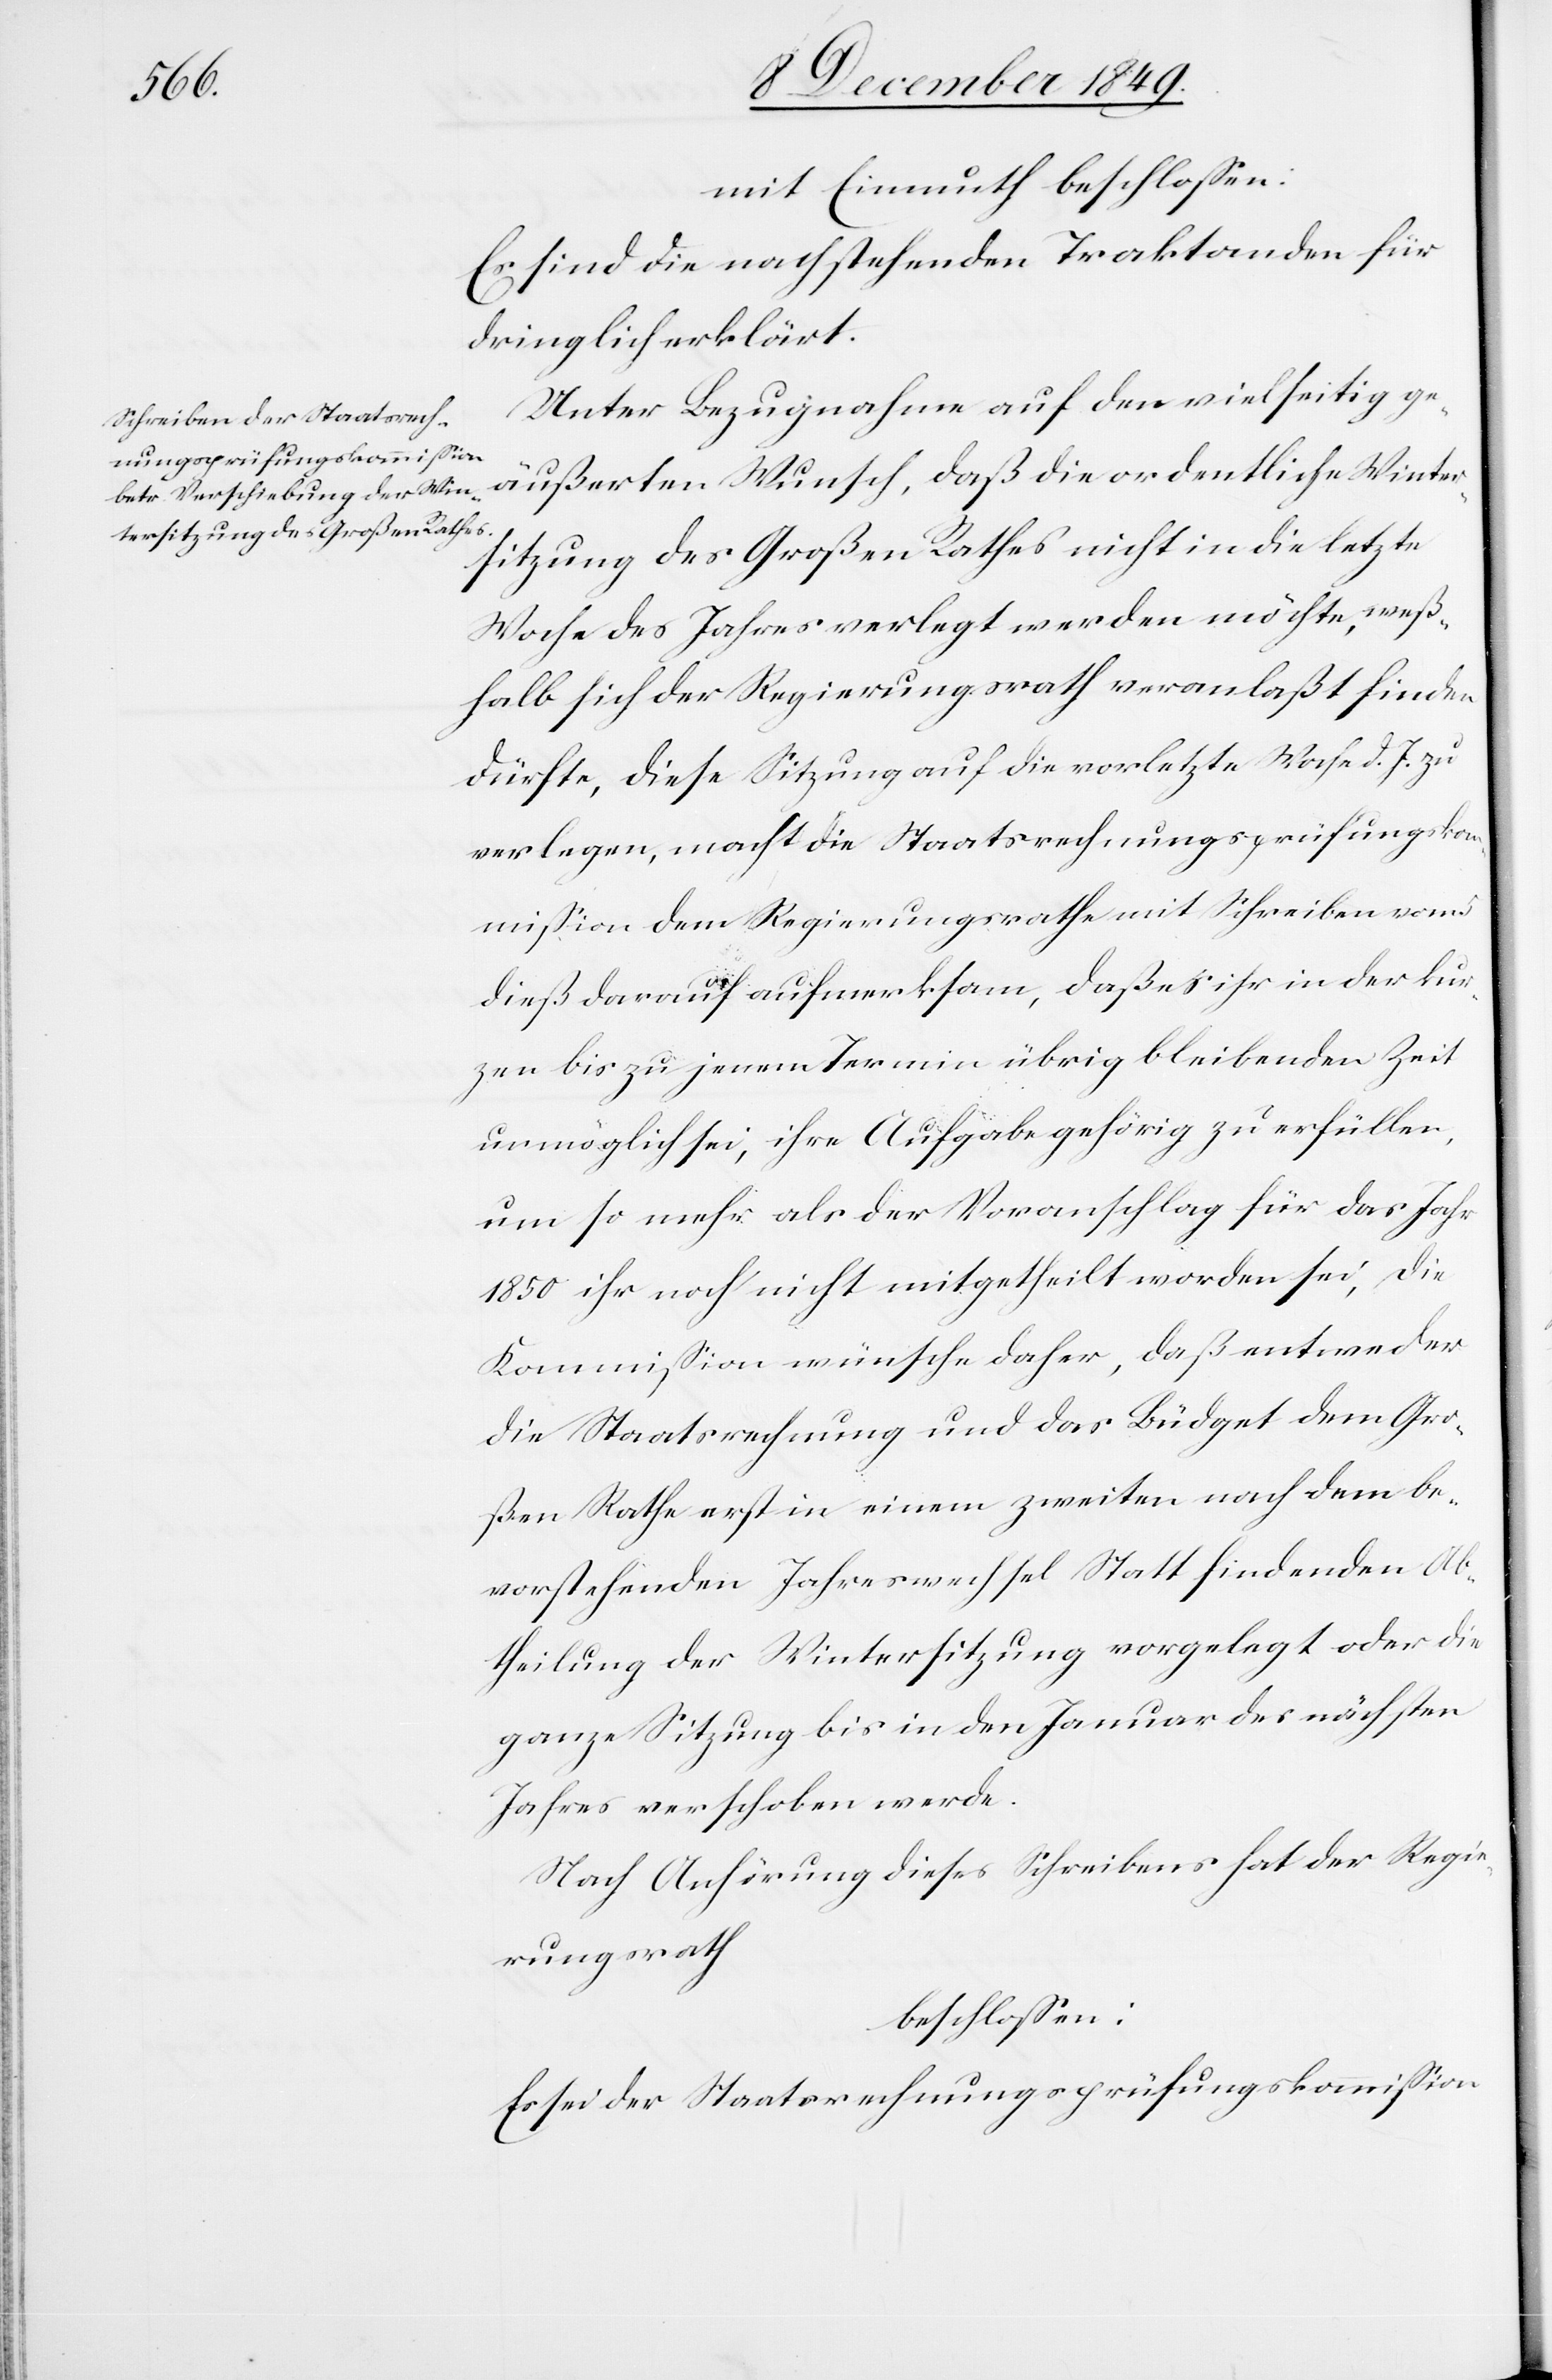
mit Einmuth beschloßen:
Es sind die nachstehenden Traktanden für
dringlich erklärt.
Unter Bezugnahme auf den vielseitig ge¬
äußerten Wunsch, daß die ordentliche Winter¬
sitzung des Großen Rathes nicht in die letzte
Woche des Jahres verlegt werden möchte, weß¬
halb sich der Regierungsrath veranlaßt finden
dürfte, diese Sitzung auf die vorletzte Woche d. J. zu
verlegen, macht die Staatsrechnungsprüfungsko¬
mmißion dem Regierungsrathe mit Schreiben vom
dieß darauf aufmerksam, daß es ihr in der kur¬
zen bis zu jenem Termin übrig bleibenden Zeit
unmöglich sei, ihre Aufgabe gehörig zu erfüllen,
um so mehr als der Voranschlag für das Jahr
1850 ihr noch nicht mitgetheilt worden sei, die
Kommißion wünche daher, daß entweder
die Staatsrechnung und das Büdget dem Gro¬
ßen Rathe erst in einem zweiten nach dem be¬
vorstehenden Jahreswechsel Statt findenden Ab¬
theilung der Wintersitzung vorgelegt oder die
ganze Sitzung bis in den Januar des nächsten
Jahres verschoben werde.
Nach Anhörung dieses Schreibens hat der Regie¬
rungsrath
beschloßen:
Es sei der Staatsrechnungsprüfungskommißion